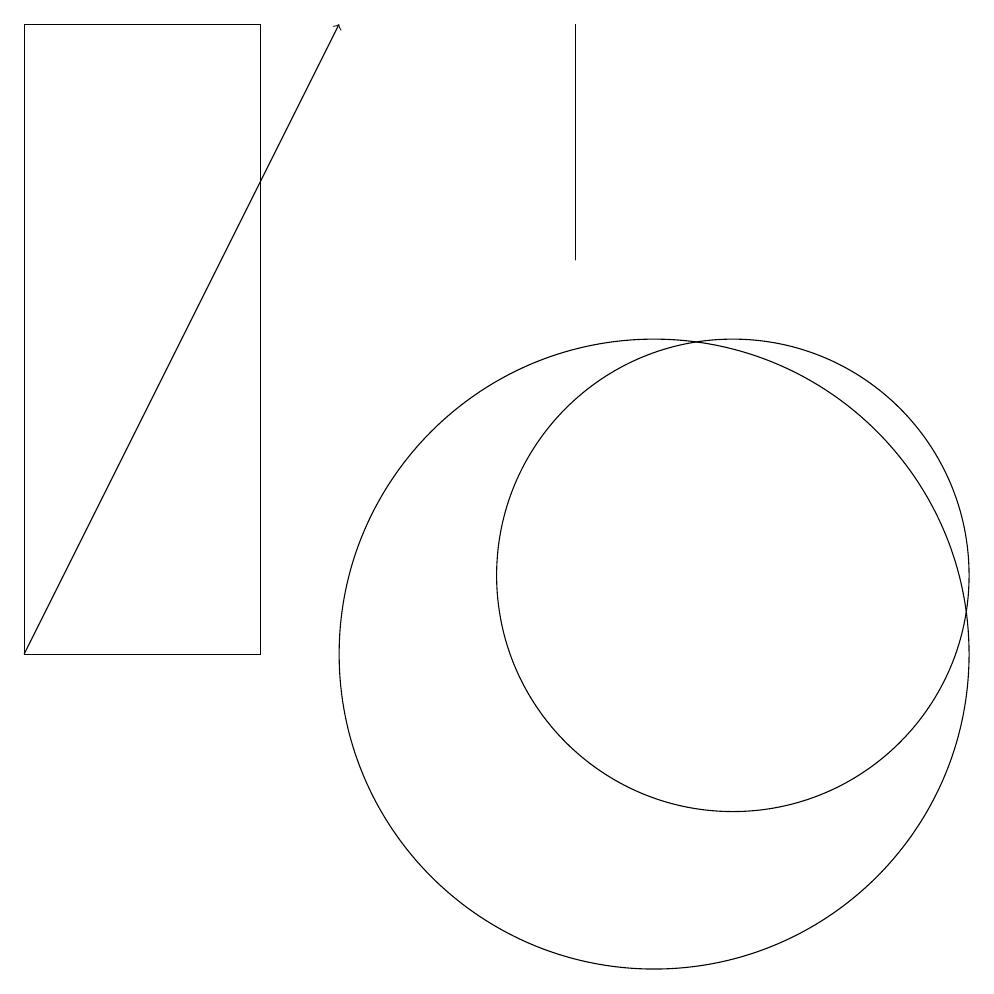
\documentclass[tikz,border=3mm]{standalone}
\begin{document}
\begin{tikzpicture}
\draw (9,15) rectangle (9,18);
\draw (11,11) circle (3);
\draw[->] (2,10) -- (6,18);
\draw (10,10) circle (4);
\draw (2,18) rectangle (5,10);
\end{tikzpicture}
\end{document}